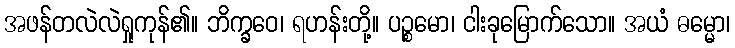
အဖန်တလဲလဲရှုကုန်၏။ ဘိက္ခဝေ၊ ရဟန်းတို့။ ပဉ္စမော၊ ငါးခုမြောက်သော။ အယံ ဓမ္မော၊